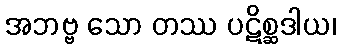
အဘဗ္ဗ သော တဿ ပဋိစ္ဆဒါယ၊